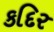
કદિર